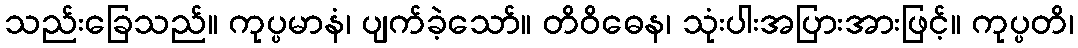
သည်းခြေသည်။ ကုပ္ပမာနံ၊ ပျက်ခဲ့သော်။ တိဝိဓေန၊ သုံးပါးအပြားအားဖြင့်။ ကုပ္ပတိ၊